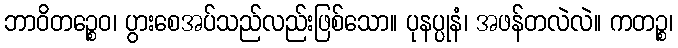
ဘာဝိတဉ္စေဝ၊ ပွားစေအပ်သည်လည်းဖြစ်သော။ ပုနပ္ပုနံ၊ အဖန်တလဲလဲ။ ကတဉ္စ၊